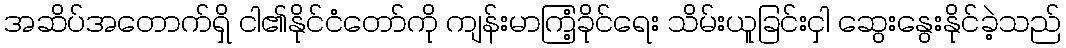
အဆိပ်အတောက်ရှိ ငါ၏နိုင်ငံတော်ကို ကျန်းမာကြံ့ခိုင်ရေး သိမ်းယူခြင်းငှါ ဆွေးနွေးနိုင်ခဲ့သည်